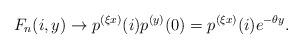
LaTeX: \begin{align*}F_n(i,y) \to p^{(\xi x)}(i) p^{(y)}(0) = p^{(\xi x)}(i) e^{-\theta y}.\end{align*}